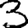
Digit: 3